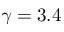
\gamma = 3 . 4